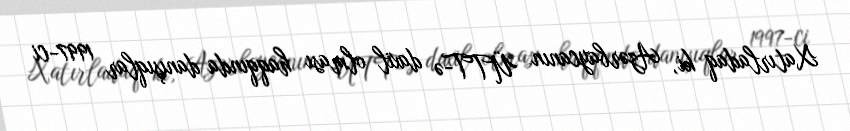
Xatırladaq ki, Azərbaycanın ÜTT-ə daxil olması haqqında danışıqlar 1997-ci